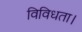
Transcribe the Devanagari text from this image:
विविधता।